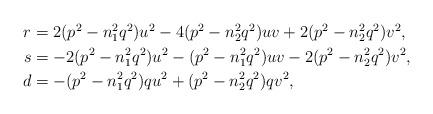
LaTeX: \begin{align*} \begin{aligned}r&=2(p^2-n_1^2q^2)u^2-4(p^2-n_2^2q^2)uv+2(p^2-n_2^2q^2)v^2,\\s&=-2(p^2-n_1^2q^2)u^2-(p^2-n_1^2q^2)uv-2(p^2-n_2^2q^2)v^2,\\d&=-(p^2-n_1^2q^2)qu^2+(p^2-n_2^2q^2)qv^2,\\\end{aligned}\end{align*}